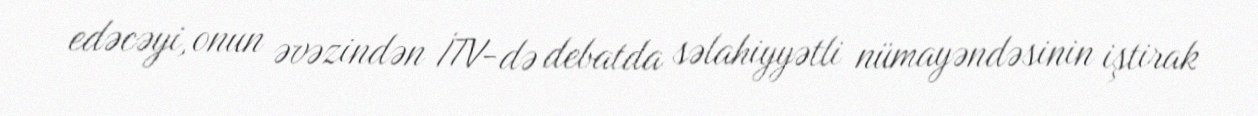
edəcəyi, onun əvəzindən İTV-də debatda səlahiyyətli nümayəndəsinin iştirak